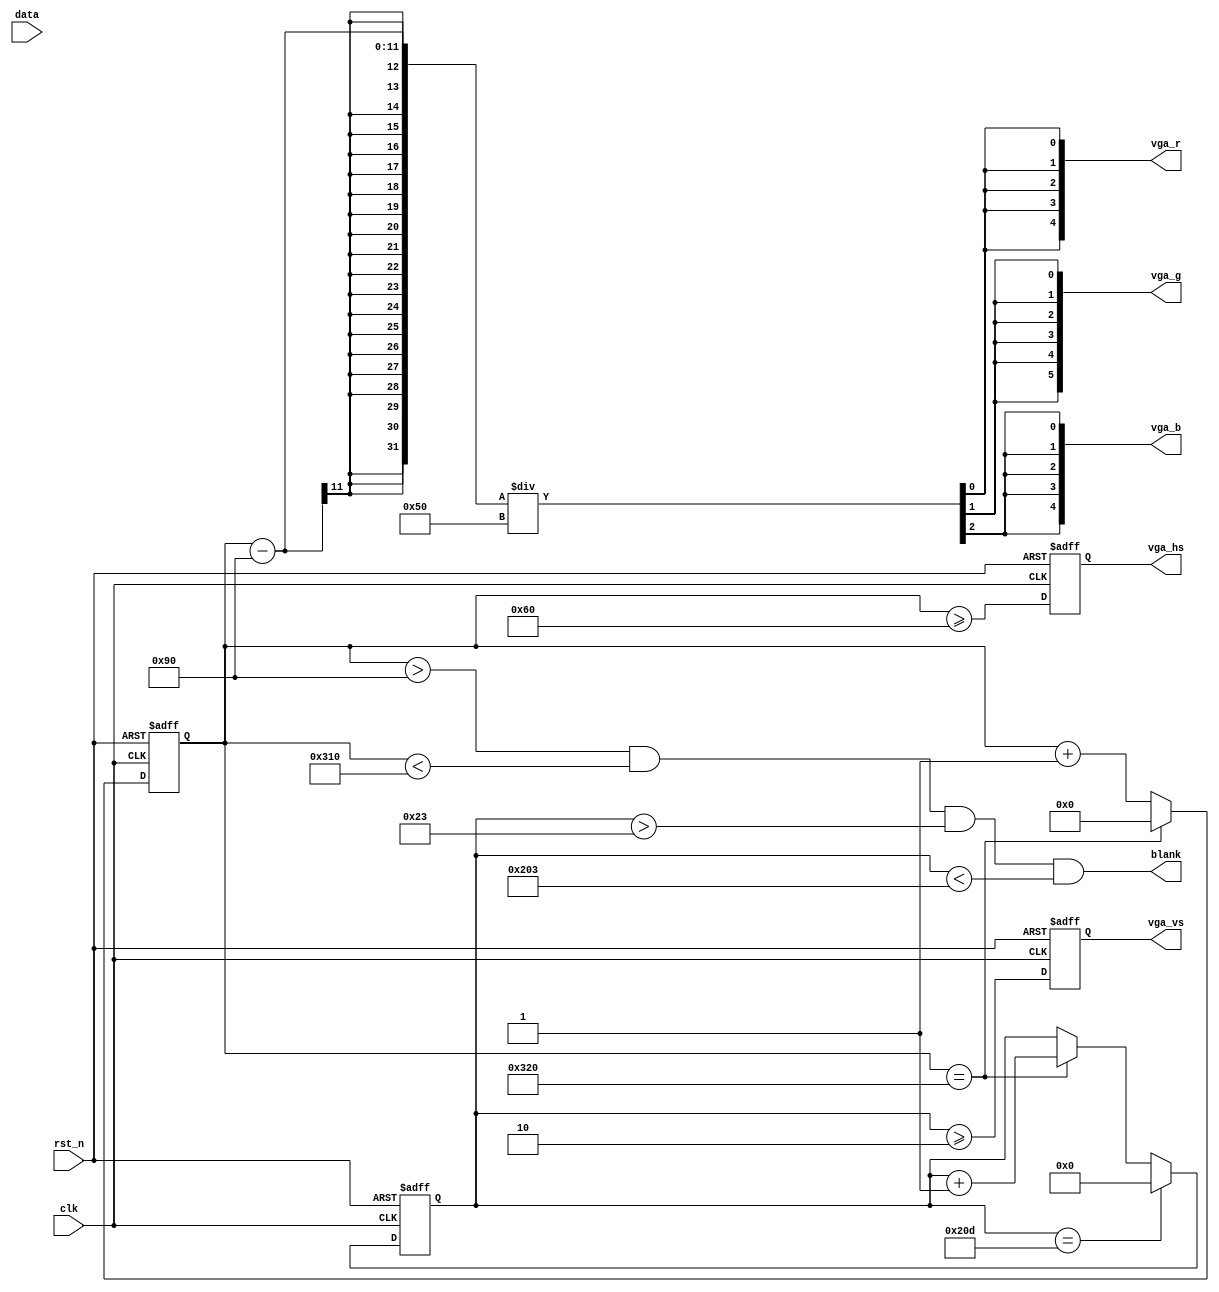
// 640*480VGA

module VGA(clk,rst_n,vga_hs,vga_vs,vga_r,vga_g,vga_b,blank,data);
        input clk;      //25.2MHz
        input rst_n;   //
        output vga_hs; //
        output vga_vs; //
         
        input [15:0] data;
        output blank;//
        // RGB 16
        output [4:0] vga_r;
        output [5:0] vga_g;
        output [4:0] vga_b;
 //--------------------------------------------------
 reg[10:0] x_cnt;     //
 reg[9:0] y_cnt;     //
//reg[5:0] Xcoloradd;
//reg[2:0] Ycoloradd;
 
parameter
 a_x=11'd16,//
 b_x=11'd96,//
 c_x=11'd48,//
 d_x=11'd640,//
 a_y=10'd10,//
 b_y=10'd2,//
 c_y=10'd33,//
 d_y=10'd480;//
//   
always @ (posedge clk or negedge rst_n)
       if(!rst_n) x_cnt <= 10'd0;
      else if(x_cnt == a_x+b_x+c_x+d_x) x_cnt <= 11'd0;          //1040
else x_cnt <= x_cnt+1'b1;
 
 //
 always @ (posedge clk or negedge rst_n)
       if(!rst_n) y_cnt <= 10'd0;
      else if(y_cnt == a_y+b_y+c_y+d_y) y_cnt <= 10'd0;            //666
       else if(x_cnt == 11'd800) y_cnt <= y_cnt+1'b1;//

//---------------------------------------------------
 
wire valid;     //

assign valid = (x_cnt > b_x+c_x) && (x_cnt < b_x+c_x+d_x)
 
          && (y_cnt > b_y+c_y) && (y_cnt < b_y+c_y+d_y);
assign blank=valid;//valid
//--------------------------------------------------
reg vga_hs_r,vga_vs_r;//
 
always @ (posedge clk or negedge rst_n)
  if (!rst_n) 
  begin
    vga_hs_r <= 1'b0;
    vga_vs_r <= 1'b0;
  end
  else 
  begin
    vga_hs_r <= x_cnt >=b_x; //vga_hswhen x_cnt>=50,then vga_hs_r=1,else 0;
    vga_vs_r <= y_cnt >= b_y;  //vga_vsmy LCD is low sync
  end


assign vga_hs = vga_hs_r;
assign vga_vs = vga_vs_r;

//--------------------------------------------------
//
wire [2:0] num=(x_cnt-144)/80;
assign vga_r={5{num[0]}};
assign vga_g={6{num[1]}};
assign vga_b={5{num[2]}};

endmodule